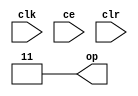
module sysgen_constant_118900d9b9 (
  output [(2 - 1):0] op,
  input clk,
  input ce,
  input clr);
  assign op = 2'b11;
endmodule